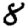
Digit: 8